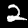
Digit: 2